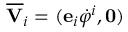
\overline { { \mathbf { V } } } _ { i } = ( \mathbf { e } _ { i } \dot { \varphi } ^ { i } , \mathbf { 0 } )